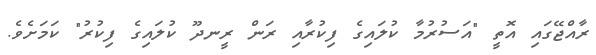
ރާއްޖޭގައި އޮތީ "އަސުރުމާ ކުލައިގެ ފިކުރާއި ރަން ރީނދޫ ކުލައިގެ ފިކުރު" ކަމަށެވެ.